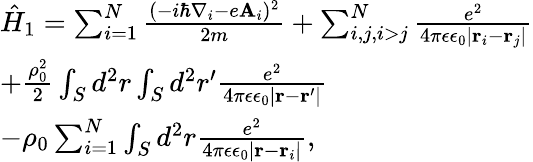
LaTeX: \begin{array}{l}{\hat{H}_{1}=\sum_{i=1}^{N}\frac{(-i\hbar\nabla_{i}-e\mathbf{A}_{i})^{2}}{2m}+\sum_{i,j,i>j}^{N}\frac{e^{2}}{4\pi\epsilon\epsilon_{0}|\mathbf{r}_{i}-\mathbf{r}_{j}|}}\\ {+\frac{\rho_{0}^{2}}{2}\int_{S}d^{2}r\int_{S}d^{2}r^{\prime}\frac{e^{2}}{4\pi\epsilon\epsilon_{0}|\mathbf{r}-\mathbf{r^{\prime}}|}}\\ {-\rho_{0}\sum_{i=1}^{N}\int_{S}d^{2}r\frac{e^{2}}{4\pi\epsilon\epsilon_{0}|\mathbf{r}-\mathbf{r}_{i}|},}\end{array}